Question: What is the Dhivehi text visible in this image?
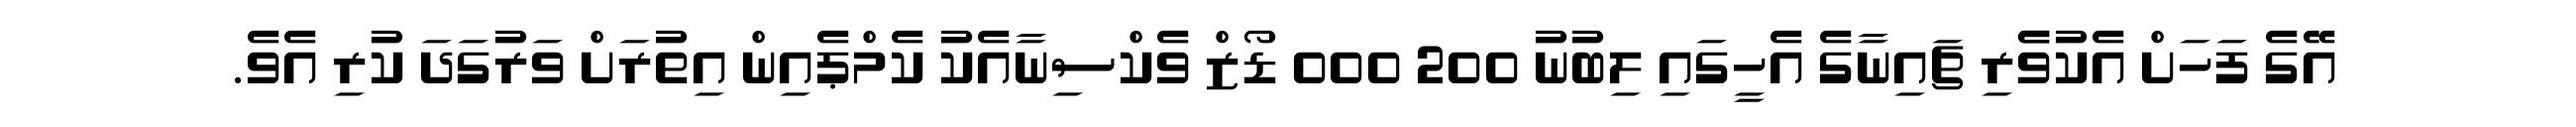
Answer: އޭގެ ފަހަށް އެކުވެެރި ޗައިނާގެ އެހީގައި ލިބުނު 200 000 ޑޯޒް ވެކްސިނާއެކު ކެމްޕެއިން އިތުރަށް ވަރުގަދަ ކުރި އެވެ.